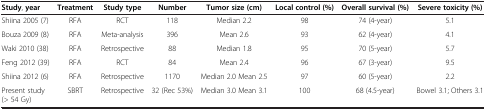
| Study, year | Treatment | Study type | Number | Tumor size (cm) | Local control (%) | Overall survival (%) | Severe toxicity (%) |
 | --- | --- | --- | --- | --- | --- | --- | --- |
 | Shiina 2005 (7) | RFA | RCT | 118 | Median 2.2 | 98 | 74 (4-year) | 5.1 |
 | Bouza 2009 (8) | RFA | Meta-analysis | 396 | Mean 2.6 | 93 | 62 (4-year) | 4.1 |
 | Waki 2010 (38) | RFA | Retrospective | 88 | Median 1.8 | 95 | 70 (5-year) | 5.7 |
 | Feng 2012 (39) | RFA | RCT | 84 | Mean 2.4 | 96 | 67 (3-year) | 9.5 |
 | Shiina 2012 (6) | RFA | Retrospective | 1170 | Median 2.0 Mean 2.5 | 97 | 60 (5-year) | 2.2 |
 | Present study(> 54 Gy) | SBRT | Retrospective | 32 (Rec 53%) | Median 3.0 Mean 3.1 | 100 | 68 (4.5-year) | Bowel 3.1; Others 3.1 |